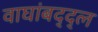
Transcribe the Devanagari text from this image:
वाघांबद्द्ल